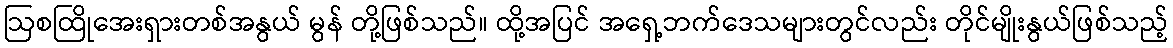
ဩစထြိုအေးရှားတစ်အနွယ် မွန် တို့ဖြစ်သည်။ ထို့အပြင် အရှေ့ဘက်ဒေသများတွင်လည်း တိုင်မျိုးနွယ်ဖြစ်သည့်